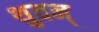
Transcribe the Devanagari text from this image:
थुवन्